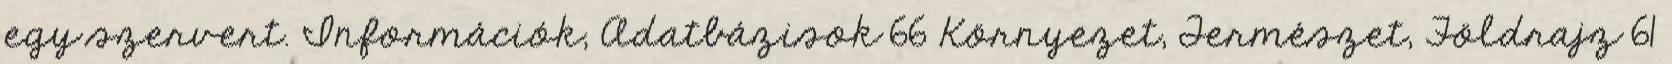
egy szervert. Információk, Adatbázisok 66 Környezet, Természet, Földrajz 61